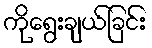
ကိုရွေးချယ်ခြင်း